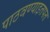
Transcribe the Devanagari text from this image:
पाठवण्याइतपत